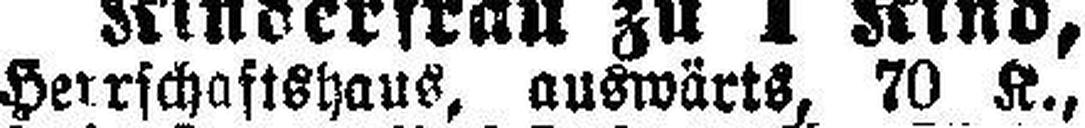
Herrschaftshaus, auswärts, 70 K.,